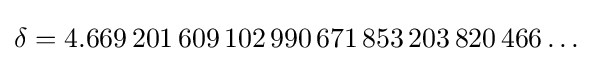
\delta =4.669\,201\,609\,102\,990\,671\,853\,203\,820\,466\ldots